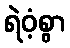
ရဲဝံ့စွာ